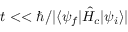
t < < \hbar / | \langle \psi _ { f } | \hat { H } _ { c } | \psi _ { i } \rangle |